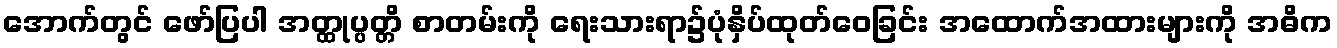
အောက်တွင် ဖော်ပြပါ အတ္ထုပ္ပတ္တိ စာတမ်းကို ရေးသားရာ၌ပုံနှိပ်ထုတ်ဝေခြင်း အထောက်အထားများကို အဓိက